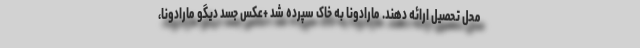
محل تحصیل ارائه دهند. مارادونا به خاک سپرده شد +عکس جسد دیگو مارادونا،